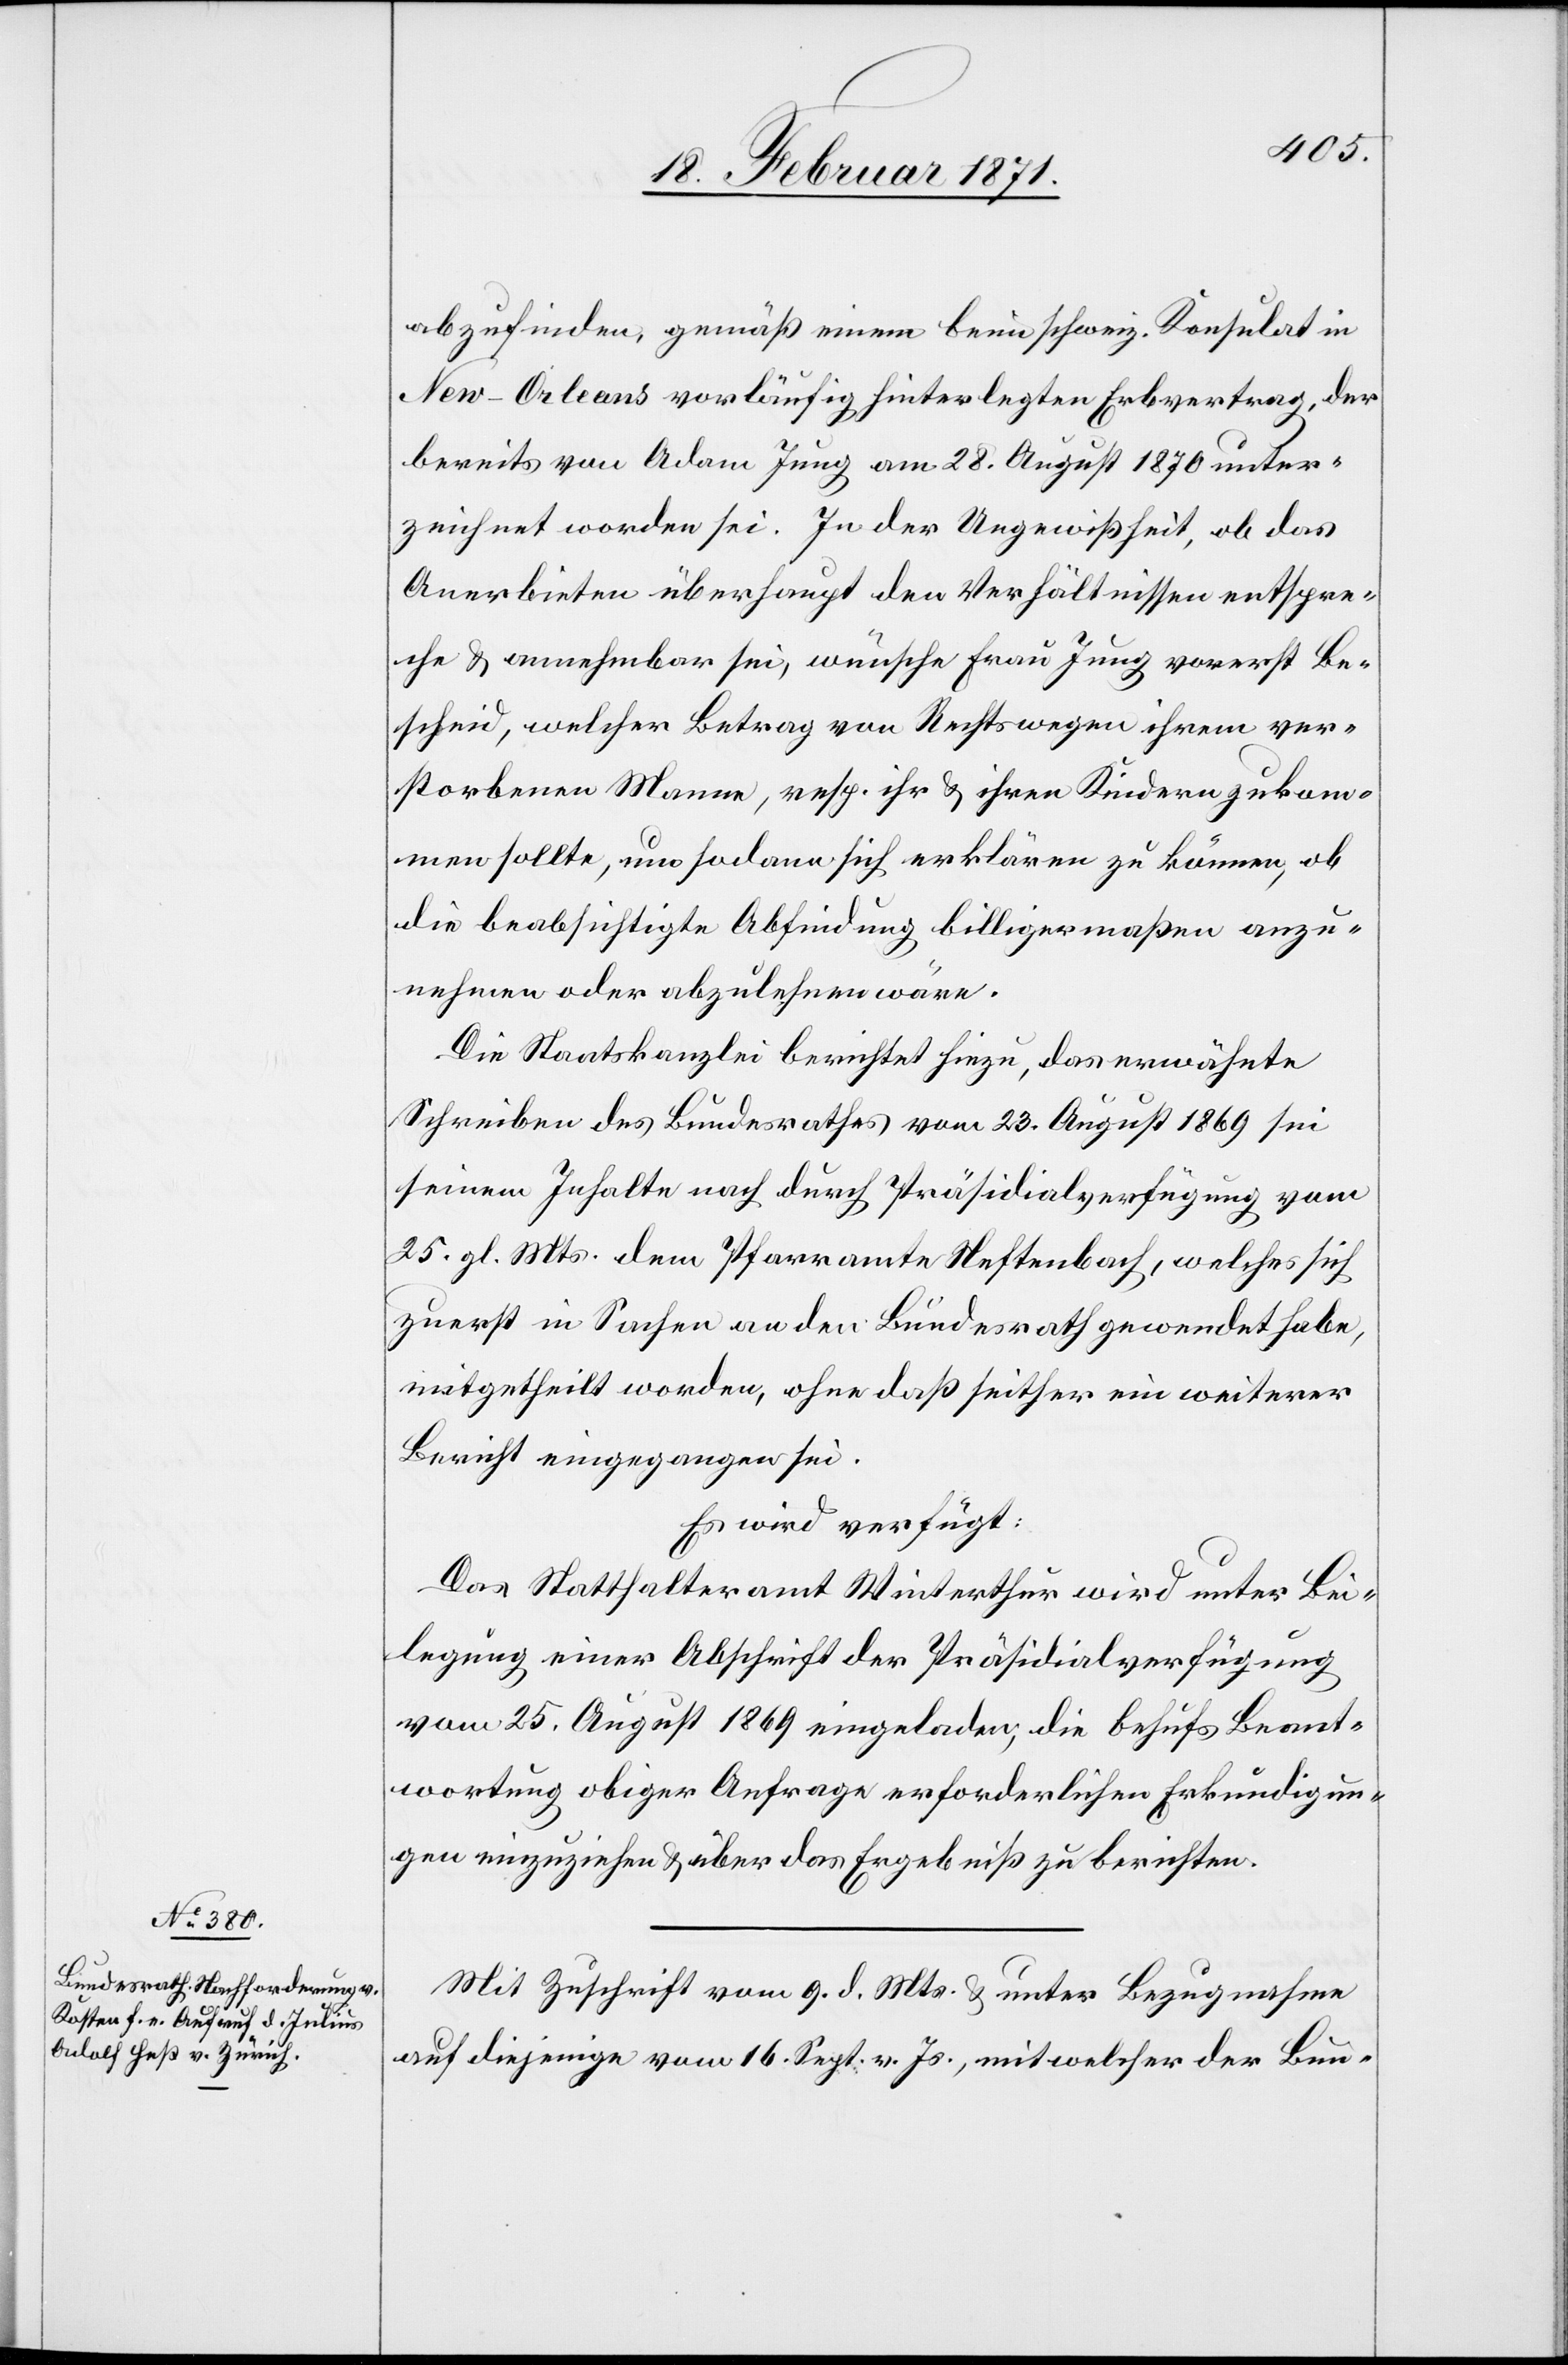
20. Februar 1871.]
abzufinden, gemäß einem beim schweiz. Konsulat in
New-Orleans vorläufig hinterlegten Erbvertrag, der
bereits von Adam Jung am 28. August 1870 unter¬
zeichnet worden sei. In der Ungewißheit, ob das
Anerbieten überhaupt den Verhältnissen entspre¬
che u. annehmbar sei, wünsche Frau Jung vorerst Be¬
scheid, welcher Betrag von Rechtswegen ihrem ver¬
storbenen Manne, resp. ihr u. ihren Kindern zukom¬
men sollte, um sodann sich erklären zu können, ob
die beabsichtigte Abfindung billigermaßen anzu¬
nehmen oder abzulehnen wäre.
Die Staatskanzlei berichtet hiezu, das erwähnte
Schreiben des Bundesrathes vom 23. August 1869 sei
seinem Inhalte nach durch Präsidialverfügung vom
25. gl. Mts. dem Pfarramte Neftenbach, welches sich
zuerst in Sachen an den Bundesrath gewendet habe,
mitgetheilt worden, ohne daß seither ein weiterer
Bericht eingegangen sei.
Es wird verfügt:
Das Statthalteramt Winterthur wird unter Bei¬
legung einer Abschrift der Präsidialverfügung
vom 25. August 1869 eingeladen, die behufs Beant¬
wortung obiger Anfrage erforderlichen Erkundigun¬
gen einzuziehen u. über das Ergebniß zu berichten.
Mit Zuschrift vom 9. d. Mts. u. unter Bezugnahme
auf diejenige vom 16. Sept. v. Js., mit welcher der Bun-